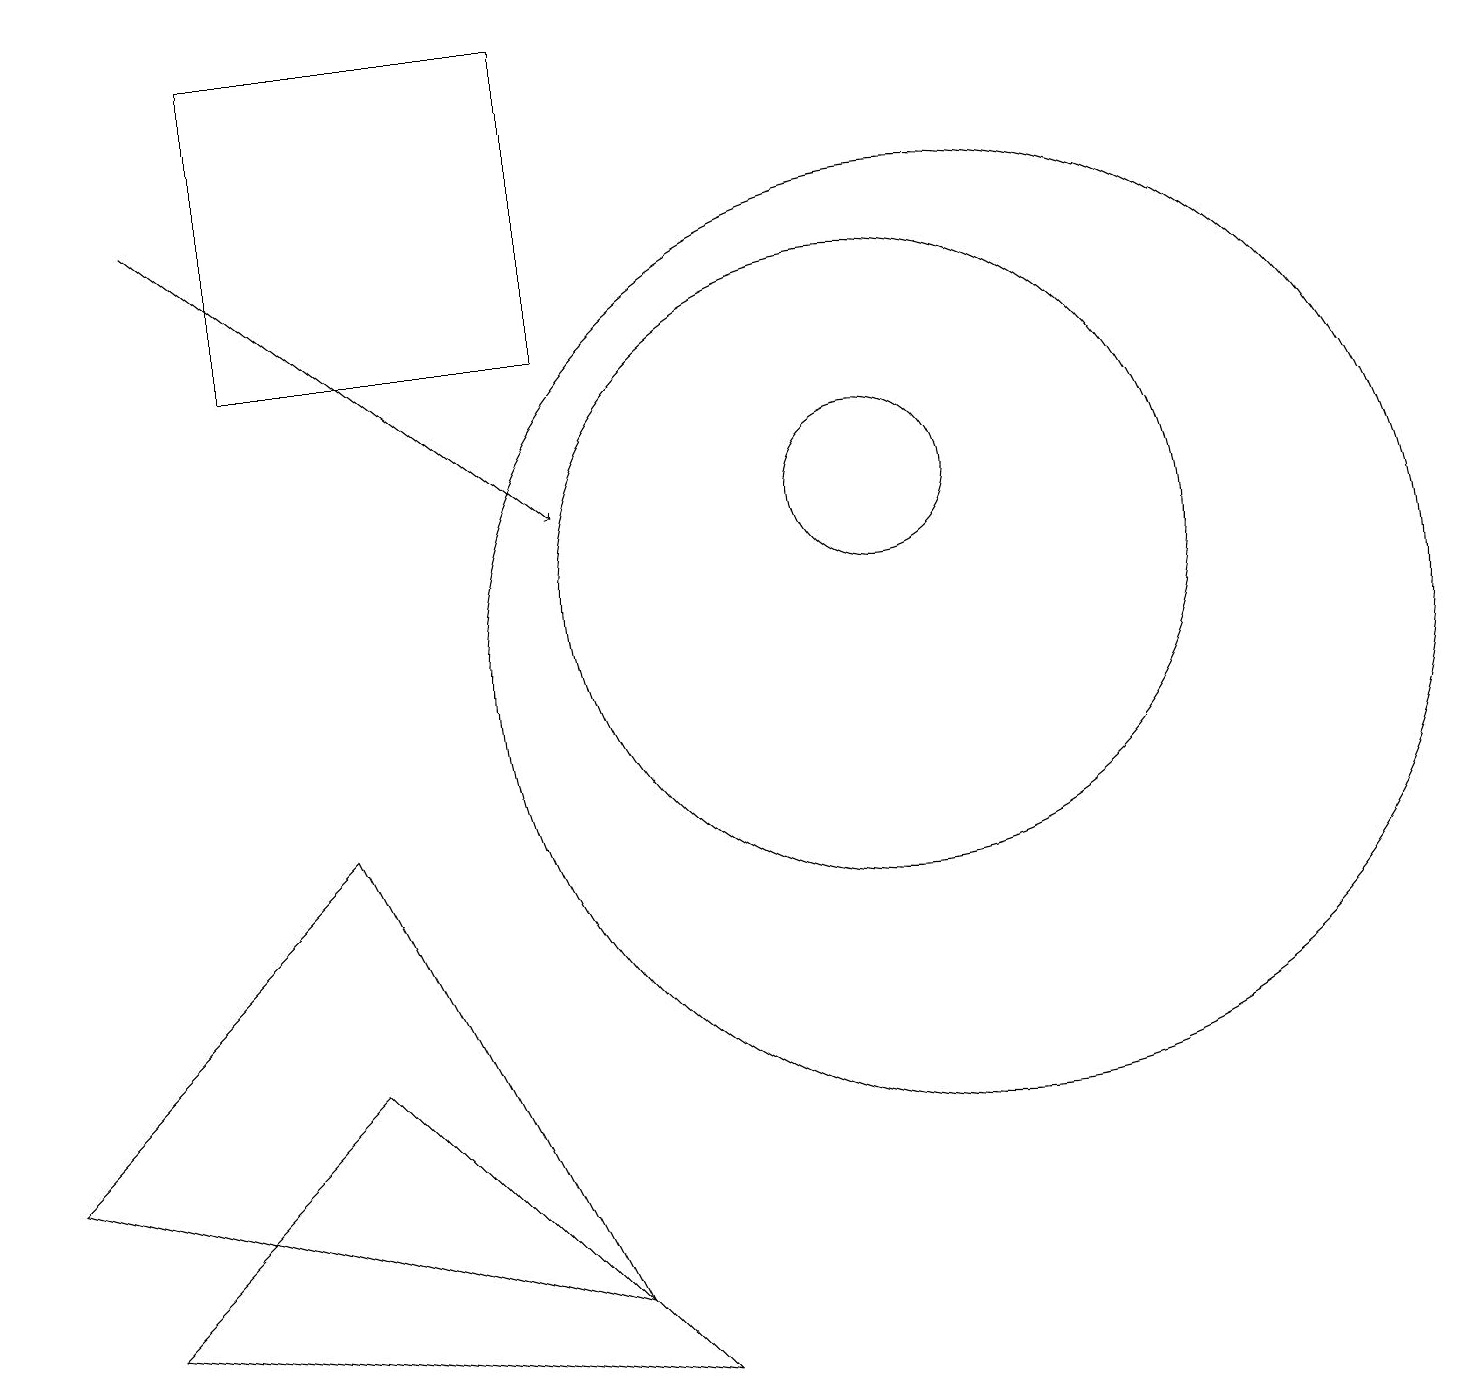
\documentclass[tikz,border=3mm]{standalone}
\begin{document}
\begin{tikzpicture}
\draw[->] (2,16) -- (7,12);
\draw (0,4) -- (7,2) -- (4,8) -- cycle;
\draw (11,12) circle (1);
\draw (7,18) rectangle (3,14);
\draw (12,10) circle (6);
\draw (1,2) -- (8,1) -- (4,5) -- cycle;
\draw (10,11) circle (0);
\draw (11,11) circle (4);
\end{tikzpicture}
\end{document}